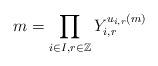
LaTeX: \begin{align*}m=\prod_{i\in I, r\in \mathbb{Z}}Y_{i, r}^{u_{i, r}(m)}\end{align*}